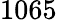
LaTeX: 1065